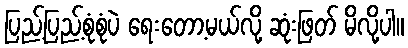
ပြည့်ပြည့်စုံစုံပဲ ရေးတော့မယ်လို့ ဆုံးဖြတ် မိလို့ပါ။